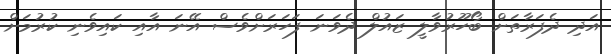
އަދި ދެފަރާތަށް ބޯހޫރުވާލީ ޒައުލް ދެވަނަ ފަހަރަށްވެސް އޭނަ އާއި ކައިވެނި ކުރުމަށް